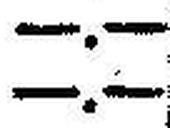
—.—